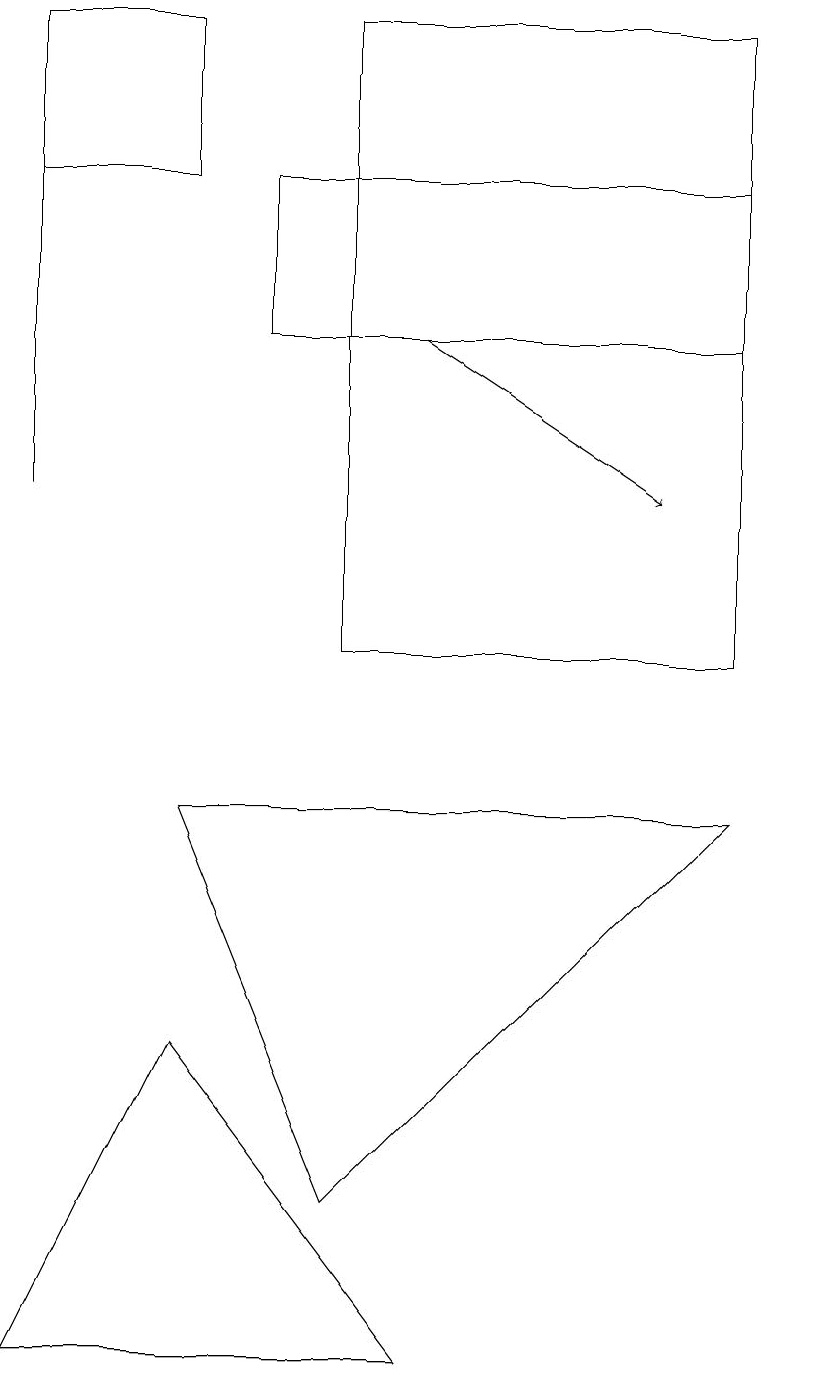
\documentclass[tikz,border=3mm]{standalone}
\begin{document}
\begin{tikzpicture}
\draw (5,2) -- (2,6) -- (0,2) -- cycle;
\draw[->] (5,15) -- (8,13);
\draw (2,17) rectangle (0,19);
\draw (9,15) rectangle (3,17);
\draw (0,17) rectangle (0,13);
\draw (9,9) -- (2,9) -- (4,4) -- cycle;
\draw (4,11) rectangle (9,19);
\draw (10,11) circle (0);
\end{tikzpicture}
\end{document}